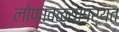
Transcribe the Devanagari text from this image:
लोणावळ्यापर्यंत